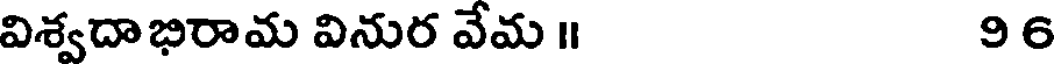
విశ్వదాభిరామ వినుర వేమ ॥ 96